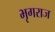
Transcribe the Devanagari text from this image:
भृगराज